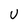
Character: U